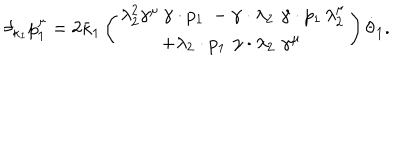
\delta _ { \kappa _ { 1 } } p _ { 1 } ^ { \mu } = 2 \bar { \kappa } _ { 1 } \left( \begin{array} { c } { { \lambda _ { 2 } ^ { 2 } \gamma ^ { \mu } \, \gamma \cdot p _ { 1 } \ - \gamma \cdot \lambda _ { 2 } \, \, \gamma \cdot p _ { 1 } \, \lambda _ { 2 } ^ { \mu } } } \\ { { + \lambda _ { 2 } \cdot p _ { 1 } \, \, \gamma \cdot \lambda _ { 2 } \, \, \gamma ^ { \mu } \, } } \\ \end{array} \right) \dot { \theta } _ { 1 } .